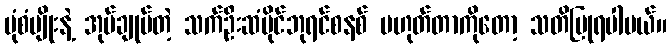
ပုံစံမျိုးနဲ့ အုပ်ချုပ်တဲ့ သက်ဦးဆံပိုင်ဘုရင်စနစ် မဟုတ်တာကိုတော့ သတိပြုရပါမယ်။